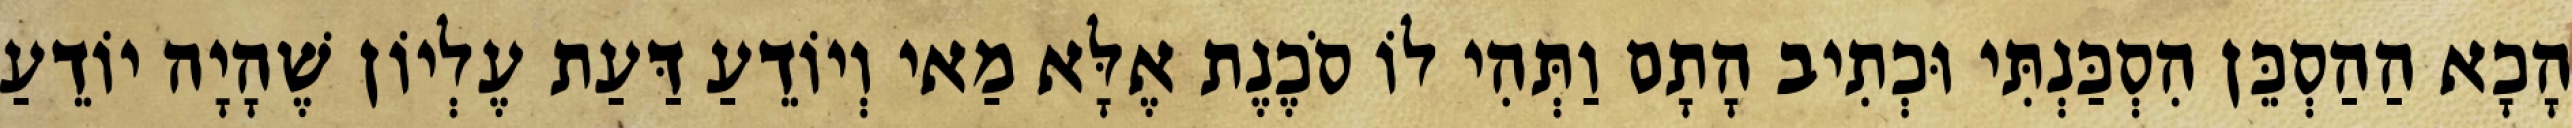
הָכָא הַהַסְכֵּן הִסְכַּנְתִּי וּכְתִיב הָתָם וַתְּהִי לוֹ סֹכֶנֶת אֶלָּא מַאי וְיוֹדֵעַ דַּעַת עֶלְיוֹן שֶׁהָיָה יוֹדֵעַ